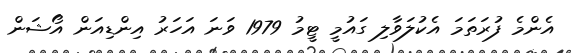
އެންމެ ފުރަތަމަ އެކުލަވާލި ގައުމީ ޓީމު 1979 ވަނަ އަހަރު އިންޑިއަން އޯޝަން